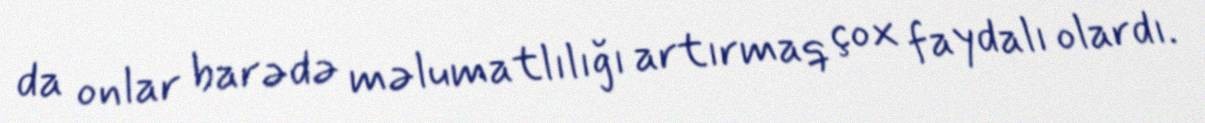
da onlar barədə məlumatlılığı artırmaq çox faydalı olardı.